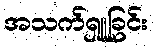
အသက်ရှူခြင်း